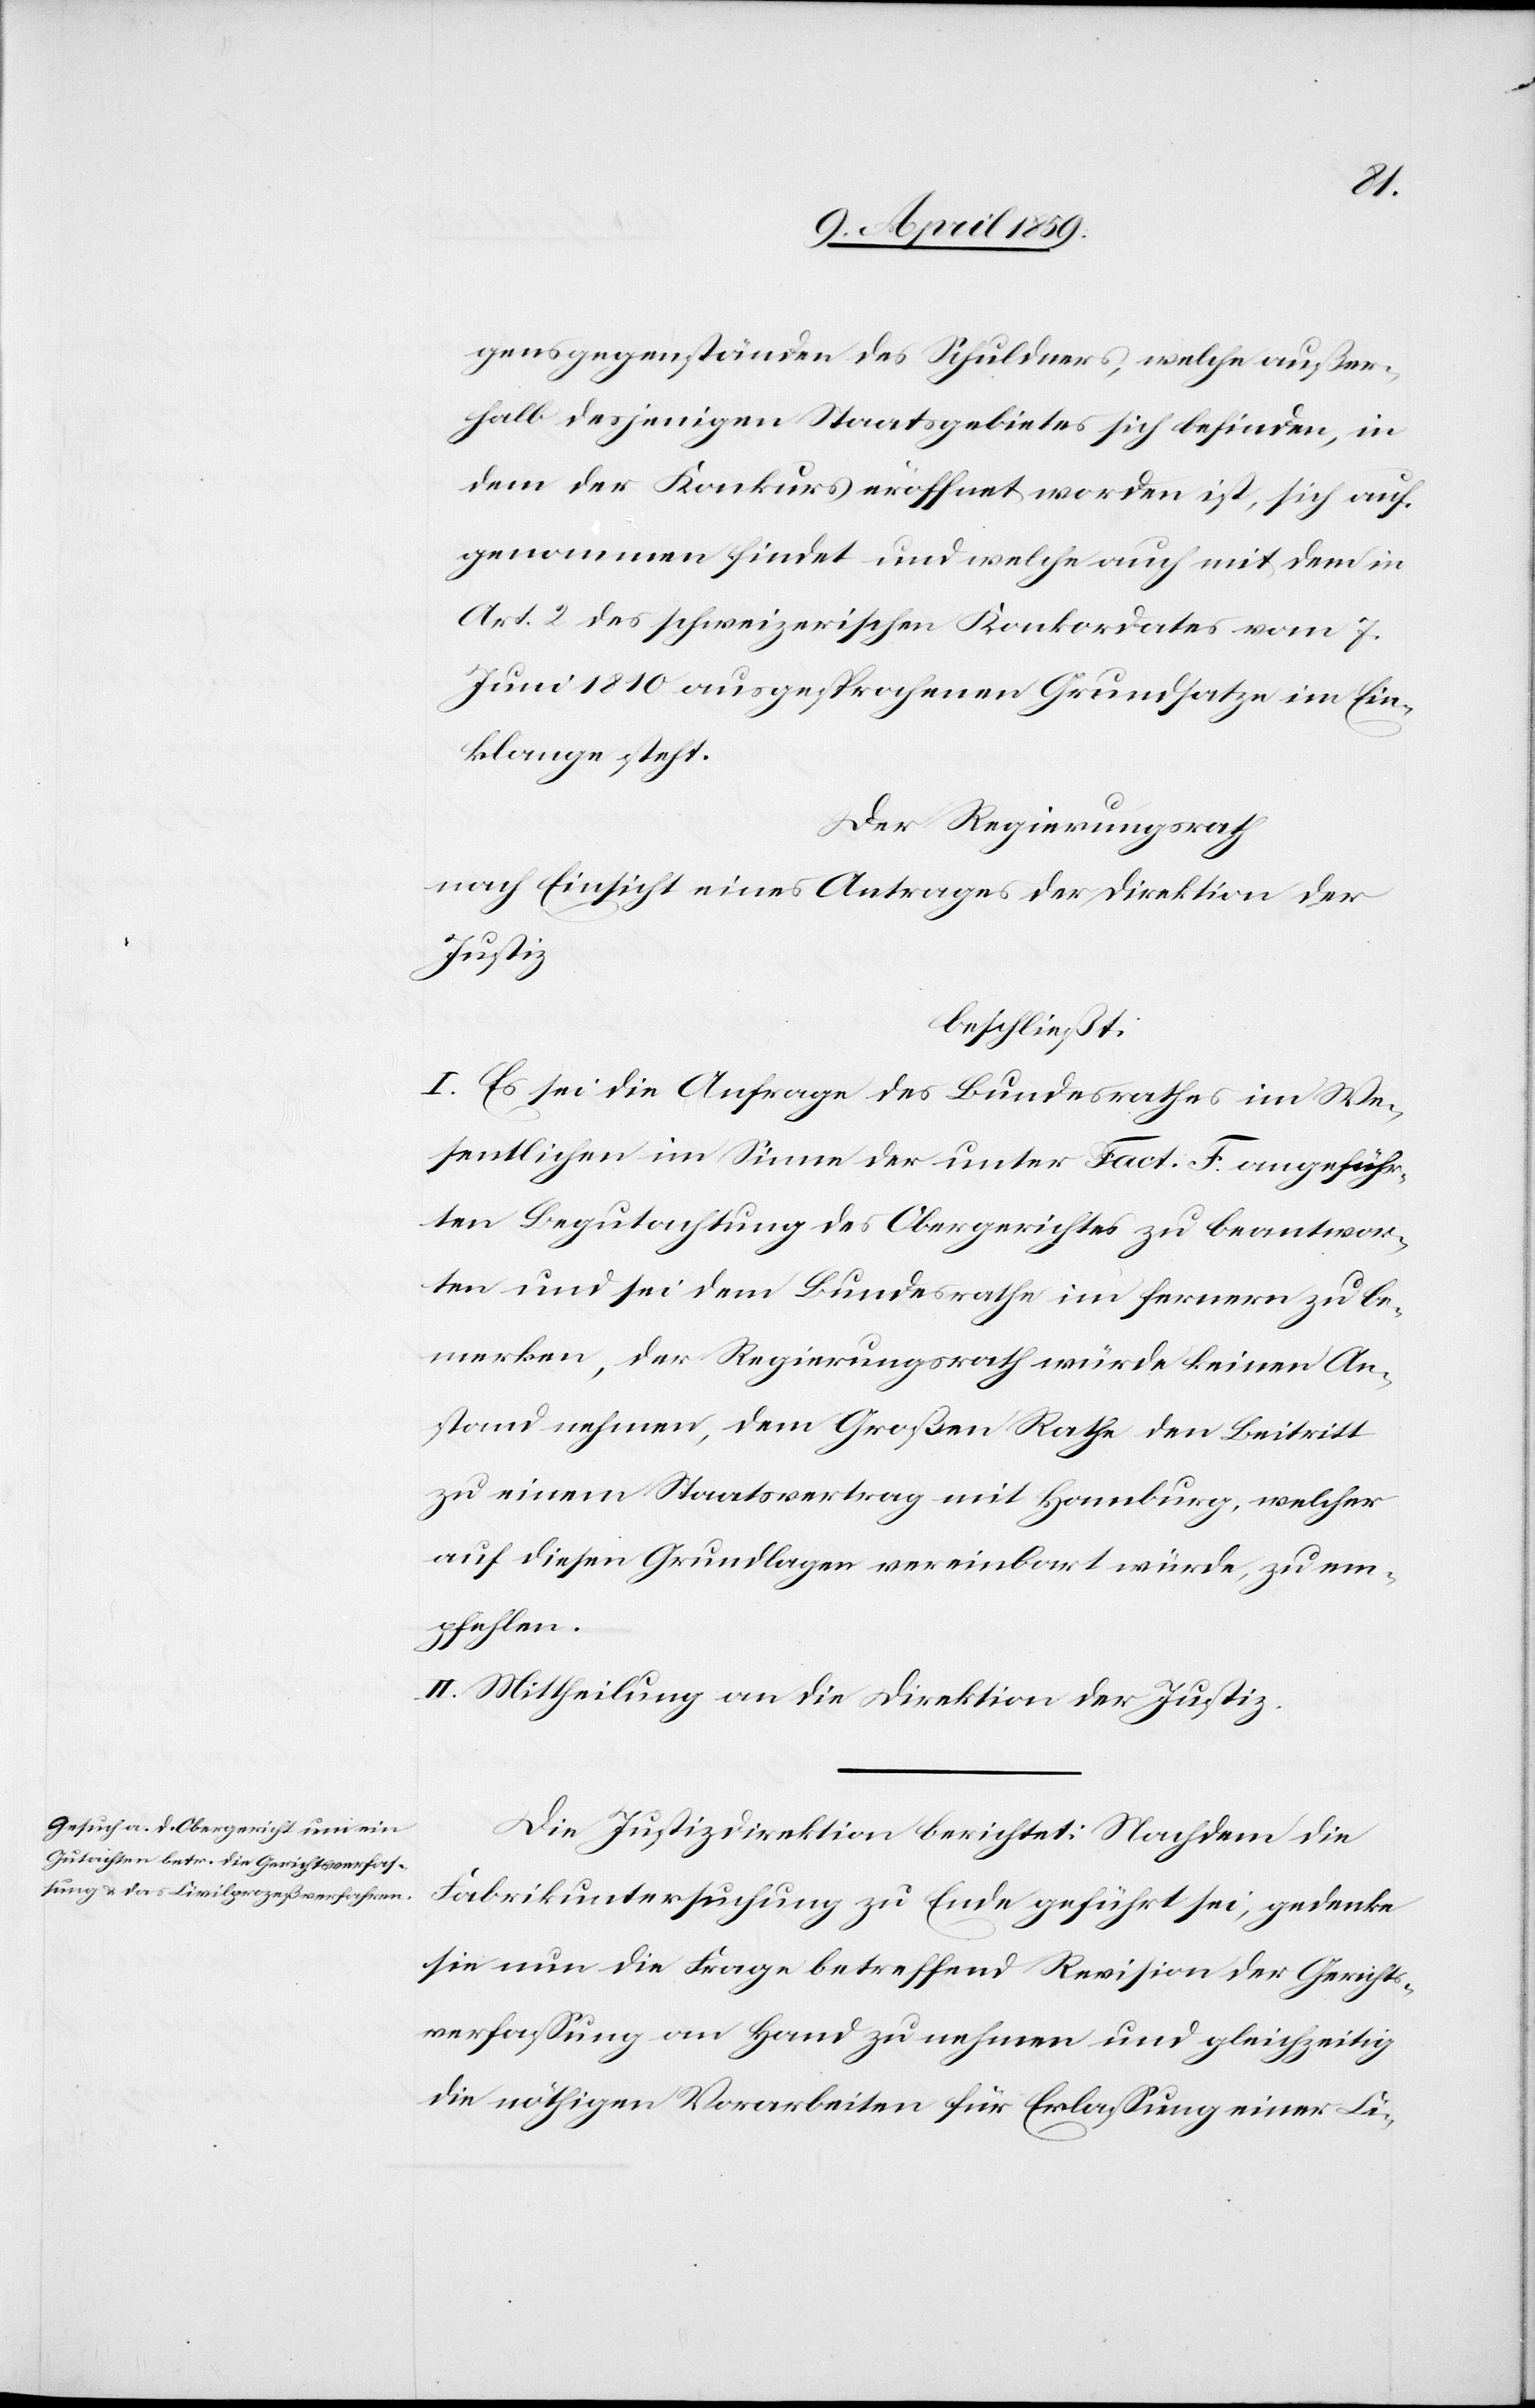
gensgegenständen des Schuldners, welche außer¬
halb desjenigen Staatsgebietes sich befinden, in
dem der Konkurs eröffnet worden ist, sich auf¬
genommen findet und welche auch mit dem in
Art. 2 des schweizerischen Konkordates vom 7.
Juni 1810 ausgesprochenen Grundsatze im Ein¬
klange steht.
Der Regierungsrath
nach Einsicht eines Antrages der Direktion der
Justiz
beschließt:
I. Es sei die Anfrage des Bundesrathes im We¬
sentlichen im Sinne der unter Fact. F. angeführ¬
ten Begutachtung des Obergerichtes zu beantwor¬
ten und sei dem Bundesrathe im fernern zu be¬
merken, der Regierungsrath würde keinen An¬
stand nehmen, dem Großen Rathe den Beitritt
zu einem Staatsvertrag mit Hamburg, welcher
auf diesen Grundlagen vereinbart würde, zu em¬
pfehlen.
II. Mittheilung an die Direktion der Justiz.
Die Justizdirektion berichtet: Nachdem die
Fabrikuntersuchung zu Ende geführt sei, gedenke
sie nun die Frage betreffend Revision der Gerichts¬
verfaßung an Hand zu nehmen und gleichzeitig
die nöthigen Vorarbeiten für Erlaßung einer Ci-